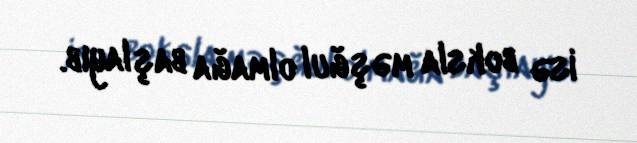
isə boksla məşğul olmağa başlayıb.